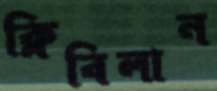
ক্লিবিলান